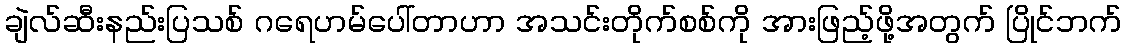
ချဲလ်ဆီးနည်းပြသစ် ဂရေဟမ်ပေါ်တာဟာ အသင်းတိုက်စစ်ကို အားဖြည့်ဖို့အတွက် ပြိုင်ဘက်